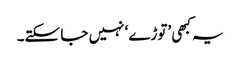
یہ کبھی ’توڑے‘ نہیں جا سکتے۔